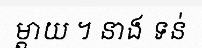
ម្តាយ ។ នាង ទន់